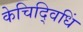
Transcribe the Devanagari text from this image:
केचिद्विधिं